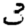
Digit: 3